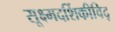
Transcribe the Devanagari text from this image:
सूक्ष्मदर्शिकीविद्